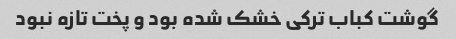
گوشت کباب ترکی خشک شده بود و پخت تازه نبود